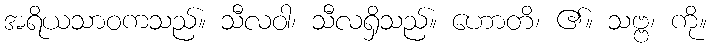
အရိယသာဝကသည်။ သီလဝါ၊ သီလရှိသည်။ ဟောတိ၊ ၏။ သဗ္ဗ၊ ကို။